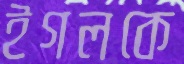
ইগলকে